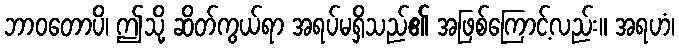
ဘာဝတောပိ၊ ဤသို့ ဆိတ်ကွယ်ရာ အရပ်မရှိသည်၏ အဖြစ်ကြောင့်လည်း။ အရဟံ၊